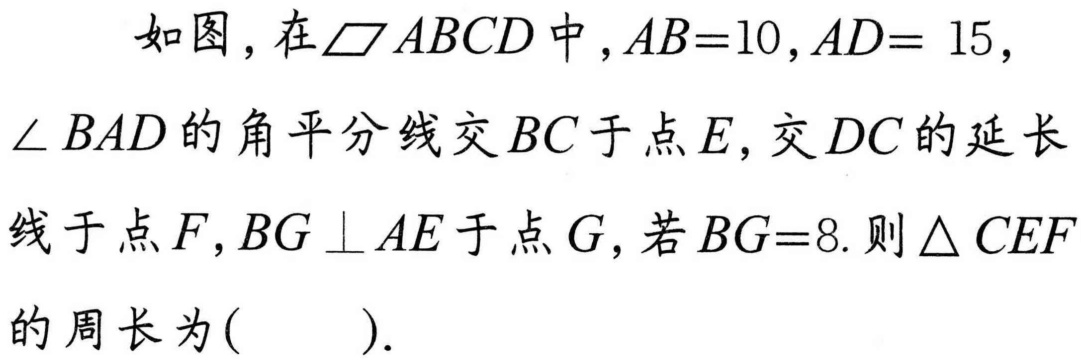
如图，在$\parallelogram ABCD$中，$AB = 10$，$AD = 15$，
$\angle BAD$的角平分线交$BC$于点$E$，交$DC$的延长
线于点$F$，$BG\perp AE$于点$G$，若$BG = 8$. 则$\triangle CEF$
的周长为(  ).